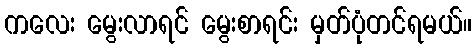
ကလေး မွေးလာရင် မွေးစာရင်း မှတ်ပုံတင်ရမယ်။